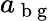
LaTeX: a_{\mathrm{~b~g~}}